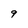
Character: 9